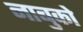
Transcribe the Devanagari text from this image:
नाबुको